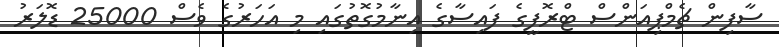
ސާފިން ޗެމްޕިއަންސް ޓްރޮފީގެ ފައިސާގެ އިނާމުގޮތުގައި މި އަހަރުގެ ވެސް 25000 ޑޮލަރު